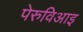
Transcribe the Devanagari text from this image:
पेरुविआइ